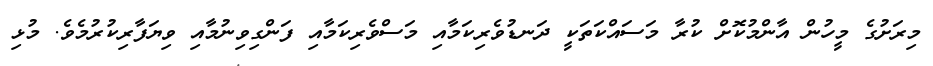
މިރަށުގެ މީހުން އާންމުކޮށް ކުރާ މަސައްކަތަކީ ދަނޑުވެރިކަމާއި މަސްވެރިކަމާއި ފަންގިވިނުމާއި ވިޔަފާރިކުރުމެވެ. މުޅި